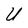
Character: U